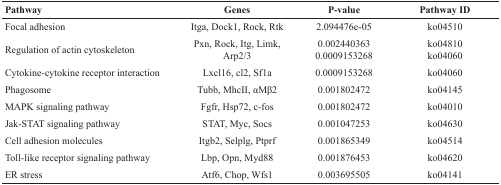
<table><thead><tr><td><b>Pathway</b></td><td><b>Genes</b></td><td><b>P-value</b></td><td><b>Pathway ID</b></td></tr></thead><tbody><tr><td>Focal adhesion</td><td>Itga, Dock1, Rock, Rtk</td><td>2.094476e-05</td><td>ko04510</td></tr><tr><td>Regulation of actin cytoskeleton</td><td>Pxn, Rock, Itg, Limk,Arp2/3</td><td>0.0024403630.0009153268</td><td>ko04810ko04060</td></tr><tr><td>Cytokine-cytokine receptor interaction</td><td>Lxcl16, cl2, Sf1a</td><td>0.0009153268</td><td>ko04060</td></tr><tr><td>Phagosome</td><td>Tubb, MhcII, αMβ2</td><td>0.001802472</td><td>ko04145</td></tr><tr><td>MAPK signaling pathway</td><td>Fgfr, Hsp72, c-fos</td><td>0.001802472</td><td>ko04010</td></tr><tr><td>Jak-STAT signaling pathway</td><td>STAT, Myc, Socs</td><td>0.001047253</td><td>ko04630</td></tr><tr><td>Cell adhesion molecules</td><td>Itgb2, Selplg, Ptprf</td><td>0.001865349</td><td>ko04514</td></tr><tr><td>Toll-like receptor signaling pathway</td><td>Lbp, Opn, Myd88</td><td>0.001876453</td><td>ko04620</td></tr><tr><td>ER stress</td><td>Atf6, Chop, Wfs1</td><td>0.003695505</td><td>ko04141</td></tr></tbody></table>